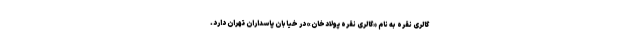
گالری نقره به نام «گالری نقره پولادخان» در خیابان پاسداران تهران دارد.